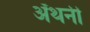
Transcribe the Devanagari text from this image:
ॲंथनी